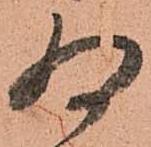
為